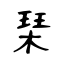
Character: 琹